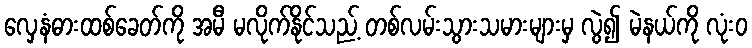
လှေနံဓားထစ်ခေတ်ကို အမီ မလိုက်နိုင်သည့် တစ်လမ်းသွားသမားများမှ လွဲ၍ မဲနယ်ကို လုံးဝ